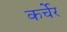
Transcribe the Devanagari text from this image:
कर्चेर